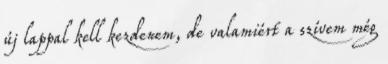
új lappal kell kezdenem, de valamiért a szívem még